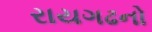
રાયગઢનો